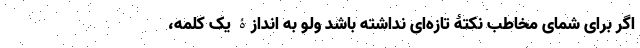
اگر برای شمای مخاطب نکتۀ تازه‌ای نداشته باشد ولو به اندازۀ یک کلمه،